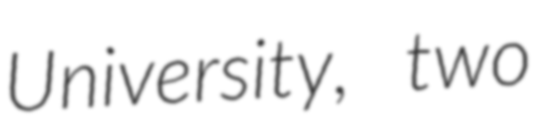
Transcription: University, two